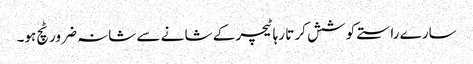
سارے راستے کو شش کر تا رہا ٹیچر کے شا نے سے شانہ ضرور ٹچ ہو۔